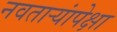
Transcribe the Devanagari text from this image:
नवताऱ्यांपेक्षा